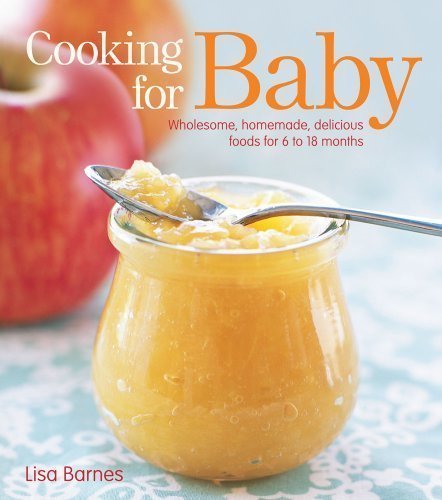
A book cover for Cooking for Baby: Wholesome, Homemade, Delicious Foods for 6 to 18 Months by Lisa recipes by Barnes (Feb 3 2009); Cookbooks, Food & Wine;